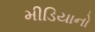
મીડિયાનો